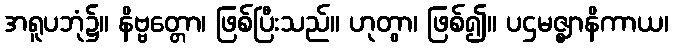
အရူပဘုံ၌။ နိဗ္ဗတ္တော၊ ဖြစ်ပြီးသည်။ ဟုတွာ၊ ဖြစ်၍။ ပဌမဇ္ဈာနိကာယ၊